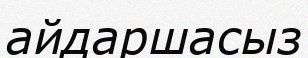
айдаршасыз